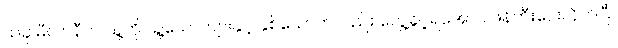
ယခု မီလာနီက သူ့ကို သူ့ယောကျ်ားနှင့် နှစ်ယောက်တည်း တွေ့ခွင့်ရအောင် ဖန်တီးပေးလိုက်ပြီ။